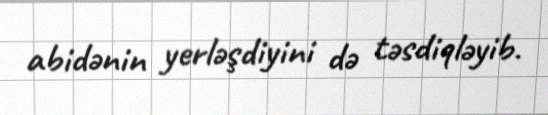
abidənin yerləşdiyini də təsdiqləyib.